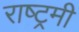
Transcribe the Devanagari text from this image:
राष्ट्रमी